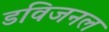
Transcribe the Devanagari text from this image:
डविजनल